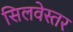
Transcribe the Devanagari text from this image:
सिलवेस्तर